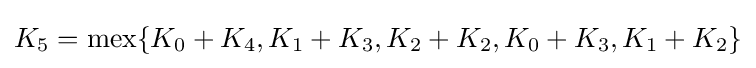
K_{5}={\mbox{mex}}\{K_{0}+K_{4},K_{1}+K_{3},K_{2}+K_{2},K_{0}+K_{3},K_{1}+K_{2}\}